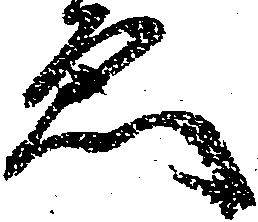
ゑ